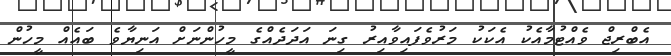
އެބްރިޖް ވެއްޓުމާއެކު އެކަކު މަރުވެފައިވާއިރު ގިނަ އަދަދެއްގެ މީހުންނަށް އަނިޔާވެ ބައެއް މީހުން